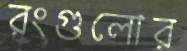
রংগুলোর